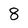
Character: 8